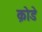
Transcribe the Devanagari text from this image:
क़ोडे